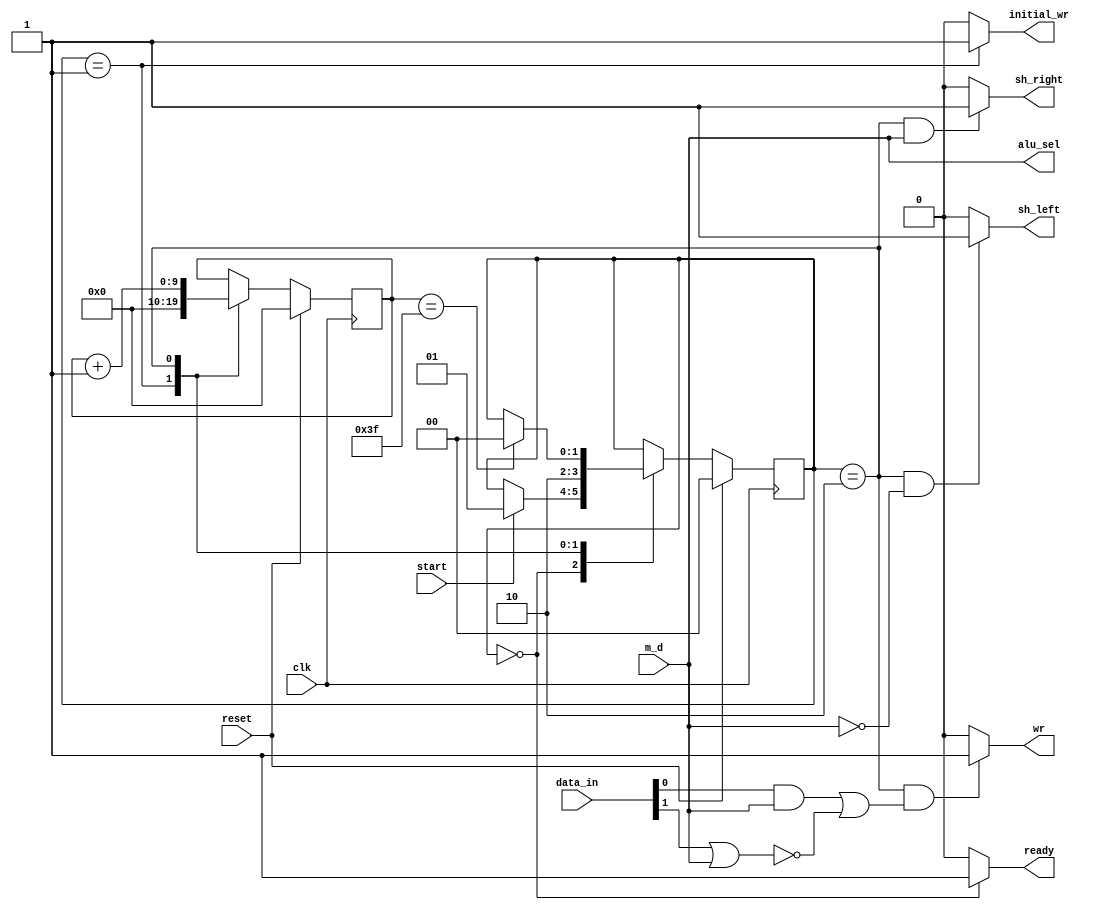
module control(clk, reset, start, m_d, data_in, alu_sel, ready, wr, initial_wr, sh_right, sh_left); //md = 1 means multiply, md = 0 means divide
    input clk, reset, start, m_d;
    input [1:0] data_in;

    output ready, wr, initial_wr, sh_right, sh_left, alu_sel;

    wire ready_check;
    wire wr_check;
    wire initial_wr_check;
    wire sh_right_check;
    wire sh_left_check;
    wire mul_wr;
    wire div_wr;

    reg [1:0] state;
    reg [9:0] counter;

    always @(posedge clk) begin
        if (reset) begin
            state <= 2'd0;                    // state is idle when reset is high
            counter <= 10'd0;                // counter is set to 10 bit 0's 
        end
        else begin
            case (state) //Idle state
                2'b00: begin 
                    if (start == 1) state <= 2'b01;        // start signal is checked 
                end

                2'b01: begin //Load state
                    counter <= 0;                    //counter is set to 0 in load state
                    state <= 2'b10;                 
                end

                2'b10: begin //Op state
                    if (counter == 63) state <= 2'b00; 
                    counter <= counter + 1;              // counter is incremented by one until 64th repitition
                end
            endcase
        end
    end
    
    assign alu_sel = m_d;

    assign mul_wr = data_in[0] && m_d;
    assign div_wr = !(data_in[1] || m_d); 
    assign wr_check = (state == 2'b10) && (mul_wr || div_wr); 
    assign wr = wr_check ? 1 : 0; 
    
    assign initial_wr_check = (state == 2'b01); 
    assign initial_wr = initial_wr_check ? 1 : 0; 
    
    assign sh_right_check = (state == 2'b10) && m_d; 
    assign sh_right = sh_right_check ? 1 : 0; 

    assign sh_left_check = (state == 2'b10) && (!m_d);
    assign sh_left = sh_left_check ? 1 : 0;
    
    assign ready_check = (state == 2'b00); 
    assign ready = ready_check ? 1 : 0; 
endmodule